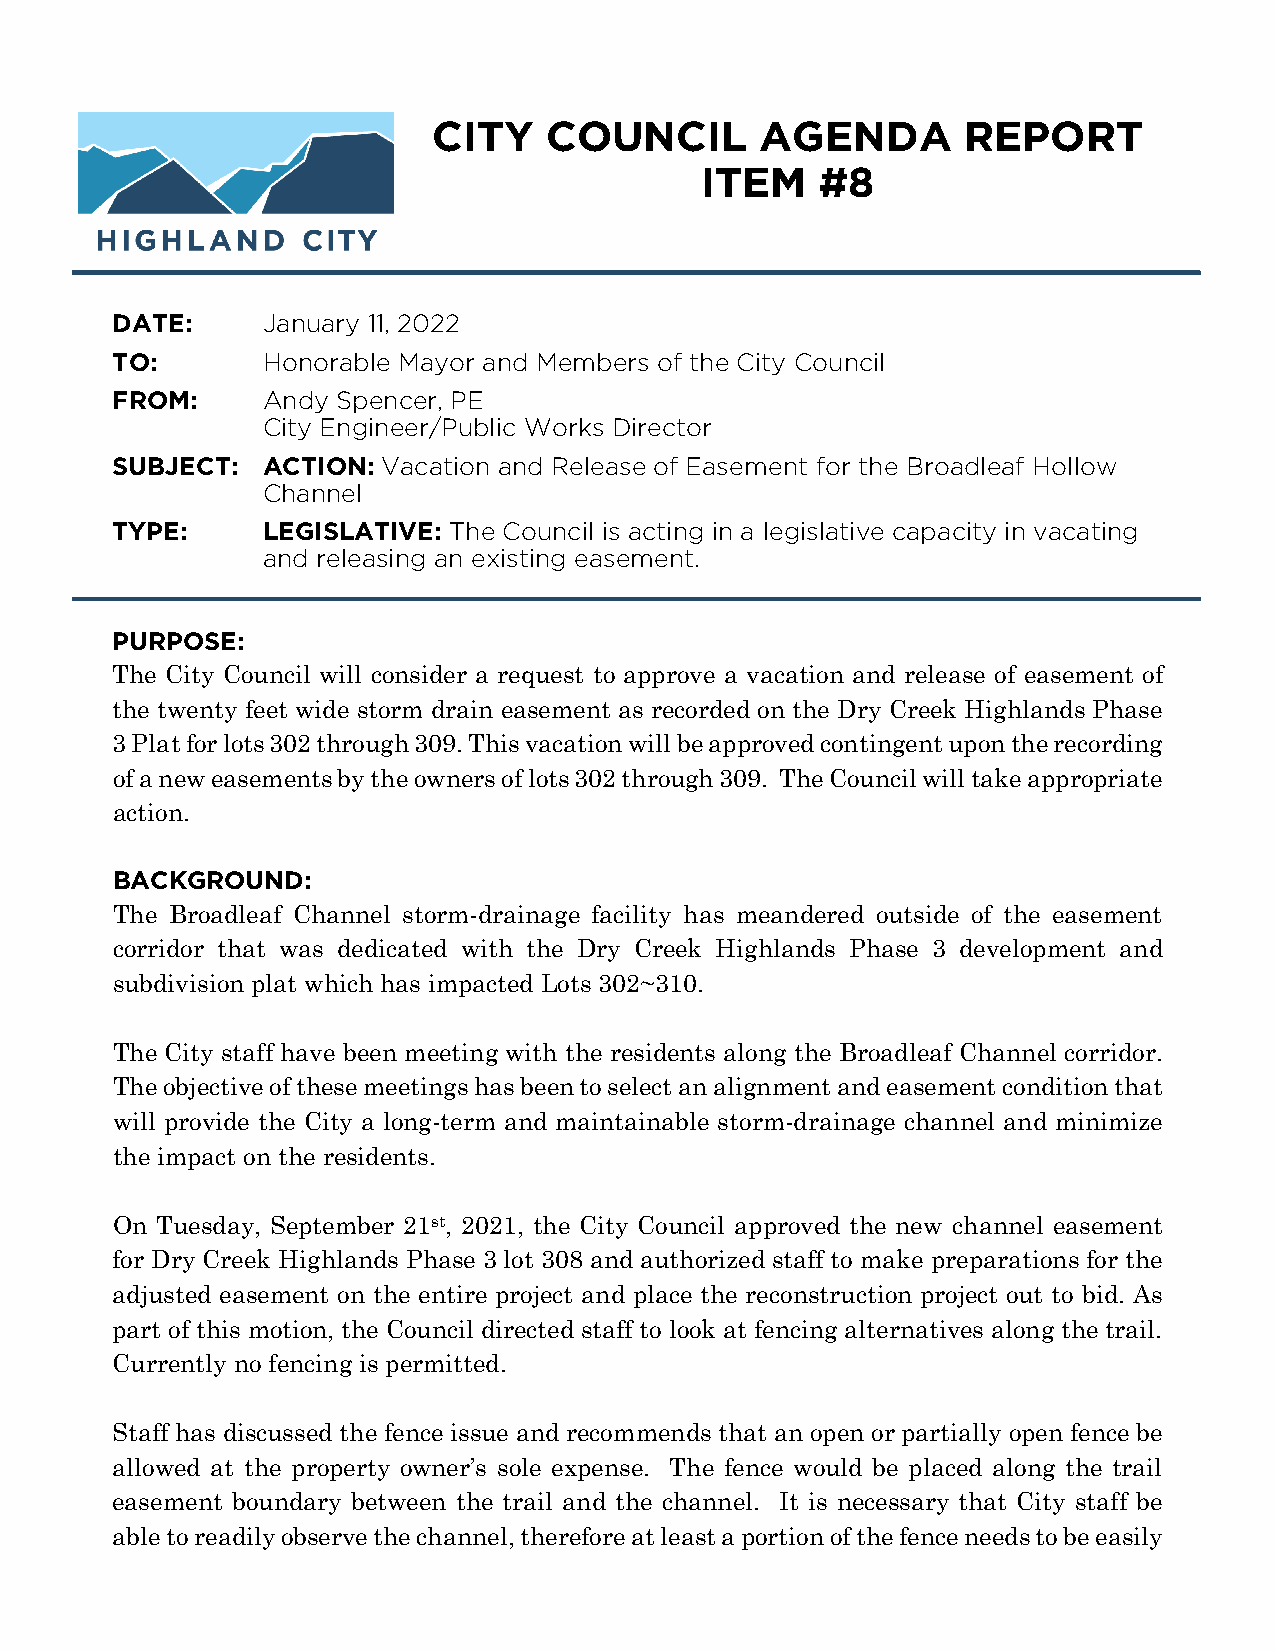
CITY   COUNCIL       AGENDA        REPORT
 ITEM    #8
 DATE:     January 11, 2022
 TO:       Honorable Mayor and Members of the City Council
 FROM:     Andy Spencer, PE
 City Engineer/Public Works Director
 SUBJECT:  ACTION: Vacation and Release of Easement for the Broadleaf Hollow
 Channel
 TYPE:     LEGISLATIVE: The Council is acting in a legislative capacity in vacating
 and releasing an existing easement.
 PURPOSE:
 The City Council will consider a request to approve a vacation and release of easement of
 the twenty feet wide storm drain easement as recorded on the Dry Creek Highlands Phase
 3 Plat for lots 302 through 309. This vacation will be approved contingent upon the recording
 of a new easements by the owners of lots 302 through 309. The Council will take appropriate
 action.
 BACKGROUND:
 The Broadleaf Channel storm-drainage facility has meandered outside of the easement
 corridor that was dedicated with the Dry Creek Highlands Phase 3 development and
 subdivision plat which has impacted Lots 302~310.
 The City staff have been meeting with the residents along the Broadleaf Channel corridor.
 The objective of these meetings has been to select an alignment and easement condition that
 will provide the City a long-term and maintainable storm-drainage channel and minimize
 the impact on the residents.
 On Tuesday, September 21st, 2021, the City Council approved the new channel easement
 for Dry Creek Highlands Phase 3 lot 308 and authorized staff to make preparations for the
 adjusted easement on the entire project and place the reconstruction project out to bid. As
 part of this motion, the Council directed staff to look at fencing alternatives along the trail.
 Currently no fencing is permitted.
 Staff has discussed the fence issue and recommends that an open or partially open fence be
 allowed at the property owner’s sole expense. The fence would be placed along the trail
 easement boundary between the trail and the channel. It is necessary that City staff be
 able to readily observe the channel, therefore at least a portion of the fence needs to be easily